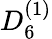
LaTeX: {D}_{6}^{(1)}